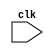
module bus_controller (
    input wire clk,
    // other input and output ports
);

// Clock generation and frequency adjustment
// Logic for managing communication between processor core and external devices
// Pipelining and buffering techniques

endmodule